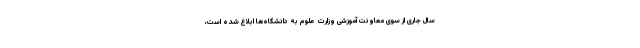
سال جاری از سوی معاونت آموزشی وزارت علوم به دانشگاه‌ها ابلاغ شده است،